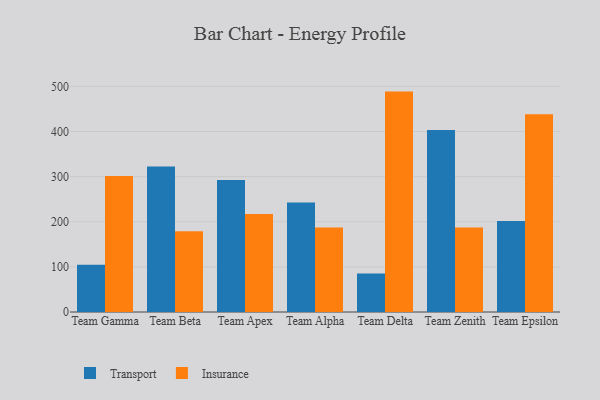
{"axis": {"x": "Team", "y": "Page Views"}, "legend": ["Insurance", "Transport"], "data": [{"x": "Team Gamma", "y": 104.8, "type": "Transport"}, {"x": "Team Gamma", "y": 301.3, "type": "Insurance"}, {"x": "Team Beta", "y": 322.6, "type": "Transport"}, {"x": "Team Beta", "y": 179.1, "type": "Insurance"}, {"x": "Team Apex", "y": 292.4, "type": "Transport"}, {"x": "Team Apex", "y": 216.9, "type": "Insurance"}, {"x": "Team Alpha", "y": 242.6, "type": "Transport"}, {"x": "Team Alpha", "y": 187.1, "type": "Insurance"}, {"x": "Team Delta", "y": 85.1, "type": "Transport"}, {"x": "Team Delta", "y": 488.4, "type": "Insurance"}, {"x": "Team Zenith", "y": 403.3, "type": "Transport"}, {"x": "Team Zenith", "y": 187.2, "type": "Insurance"}, {"x": "Team Epsilon", "y": 201.9, "type": "Transport"}, {"x": "Team Epsilon", "y": 438.1, "type": "Insurance"}]}